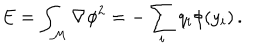
LaTeX: E = \int _ { { \cal M } } { \nabla \phi } ^ { 2 } = - \sum _ { i } q _ { i } \phi ( y _ { i } ) \, .